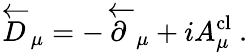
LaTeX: \stackrel{\leftarrow}{D}_{\mu}=-\stackrel{\leftarrow}{\partial}_{\mu}+iA_{\mu}^{\mathrm{cl}}\ .